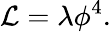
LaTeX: {\cal L}=\lambda\phi^{4}.